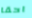
احقا